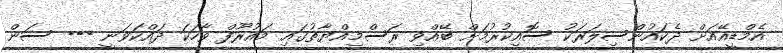
އެމްޑީއޭއަށް ދެކައުންސިލަރަކު ސޮއިކުރުމަށް ބޭއްވި ރަސްމިއްޔާތުގައި މައުރޫފް ވާހަކަ ދައްކަވަނީ --- ސަން